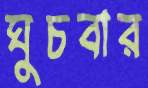
ঘুচবার